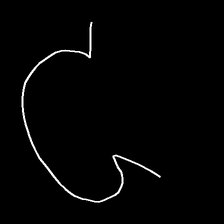
Glyph: weave